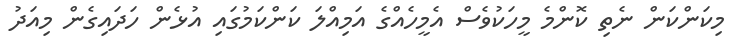
މިކަންކަން ނެތި ކޮންމެ މީހަކުވެސް އެމީހެއްގެ އަމިއްލަ ކަންކަމުގައި އުޅެން ހަދައިގެން މިއަދު